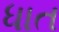
ધાત